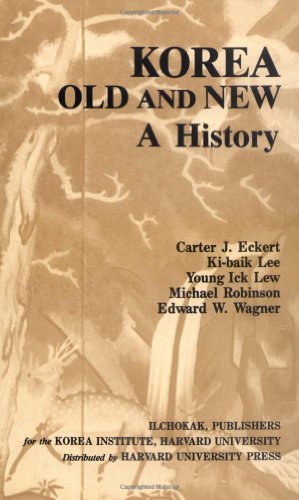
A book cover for Korea Old and New: A History; Carter J. Eckert; History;